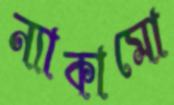
ন্যাকামো